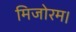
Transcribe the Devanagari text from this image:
मिजोरम।